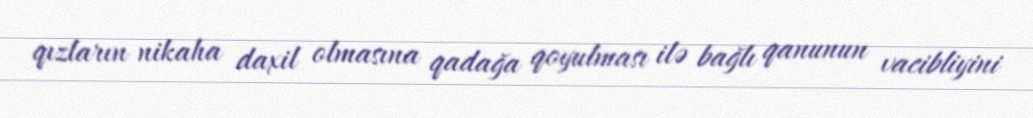
qızların nikaha daxil olmasına qadağa qoyulması ilə bağlı qanunun vacibliyini